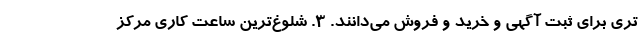
تری برای ثبت آگهی و خرید و فروش می‌دانند. ۳. شلوغ‌ترین ساعت کاری مرکز